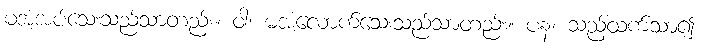
မအံ့အပ်သေးသည်သာတည်း။ ဝါ၊ မအံ့လောက်သေးသည်သာတည်း။ ပန၊ သည့်ထက်သာ၍